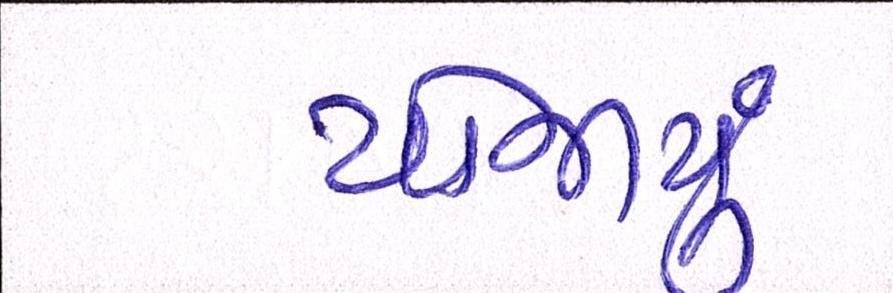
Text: યોજાયું